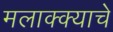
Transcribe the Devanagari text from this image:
मलाक्क्याचे